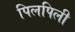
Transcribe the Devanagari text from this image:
पिलपिली